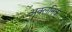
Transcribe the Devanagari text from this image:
अक्लनिक